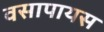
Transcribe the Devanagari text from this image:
वसापायस